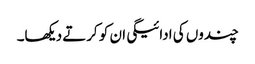
چندوں کی ادائیگی ان کو کرتے دیکھا۔